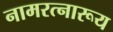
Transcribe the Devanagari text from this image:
नामरत्नारूय